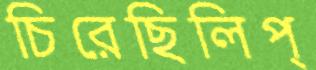
চিরেছিলিপ্